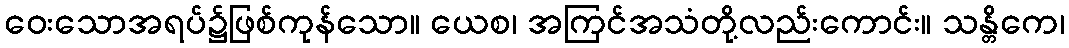
ဝေးသောအရပ်၌ဖြစ်ကုန်သော။ ယေစ၊ အကြင်အသံတို့လည်းကောင်း။ သန္တိကေ၊